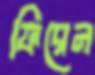
ফিরেন